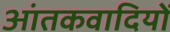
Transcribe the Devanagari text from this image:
आंतकवादियों